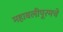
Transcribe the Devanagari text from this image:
महाबलीपूरमचे